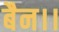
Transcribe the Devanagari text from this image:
बैन।।